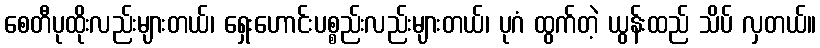
စေတီပုထိုးလည်းများတယ်၊ ရှေးဟောင်းပစ္စည်းလည်းများတယ်၊ ပုဂံ ထွက်တဲ့ ယွန်းထည် သိပ် လှတယ်။